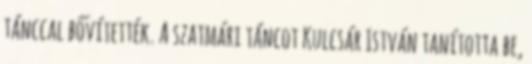
tánccal bővítették. A szatmári táncot Kulcsár István tanította be,